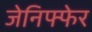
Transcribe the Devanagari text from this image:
जेनिफ्फेर